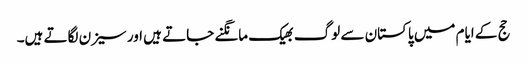
حج کے ایام میں پاکستان سے لوگ بھیک مانگنے جاتے ہیں اور سیزن لگاتے ہیں۔